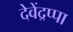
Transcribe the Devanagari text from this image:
देवेंद्रप्पा